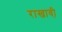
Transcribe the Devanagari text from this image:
राखावी़